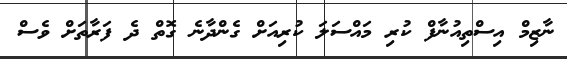
ނާޒިމް އިސްތިއުނާފް ކުރި މައްސަލަ ކުރިއަށް ގެންދާނެ ގޮތް ދެ ފަރާތަށް ވެސް